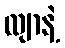
လျာနဲ့